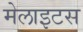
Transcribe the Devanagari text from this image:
मेलाइटस